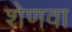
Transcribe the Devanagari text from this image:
शेणवा